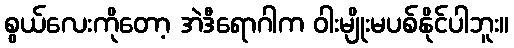
စွယ်လေးကိုတော့ အဲဒီရောဂါက ဝါးမျိုးမပစ်နိုင်ပါဘူး။